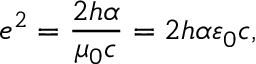
e ^ { 2 } = { \frac { 2 h \alpha } { \mu _ { 0 } c } } = 2 h \alpha \varepsilon _ { 0 } c ,